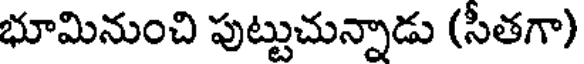
భూమినుంచి పుట్టుచున్నాడు (సీతగా)